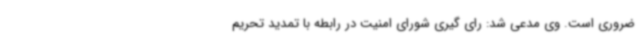
ضروری است. وی مدعی شد: رای گیری شورای امنیت در رابطه با تمدید تحریم